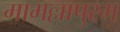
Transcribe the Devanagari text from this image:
मामल्लापुरम